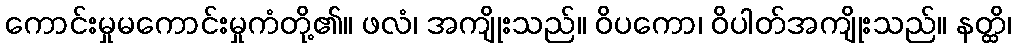
ကောင်းမှုမကောင်းမှုကံတို့၏။ ဖလံ၊ အကျိုးသည်။ ဝိပကော၊ ဝိပါတ်အကျိုးသည်။ နတ္ထိ၊